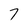
Character: 7